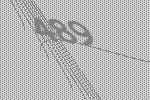
489